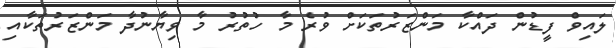
ލައިވް ފީޑުން ދައްކާ މަންޒަރުތަކަށް ވުރެ މާ ހުތުރު މާ ވިޔާނުދާ މަންޒަރުތަކާއި